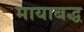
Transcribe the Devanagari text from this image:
मायाबद्ध